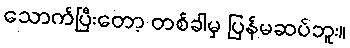
သောက်ပြီးတော့ တစ်ခါမှ ပြန်မဆပ်ဘူး။